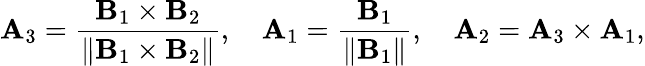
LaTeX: {\mathbf{A}}_{3}=\frac{{\mathbf{B}}_{1}\times{\mathbf{B}}_{2}}{\| {\mathbf{B}}_{1}\times{\mathbf{B}}_{2}\| },\quad{\mathbf{A}}_{1}=\frac{{\mathbf{B}}_{1}}{\| {\mathbf{B}}_{1}\| },\quad{\mathbf{A}}_{2}={\mathbf{A}}_{3}\times{\mathbf{A}}_{1},